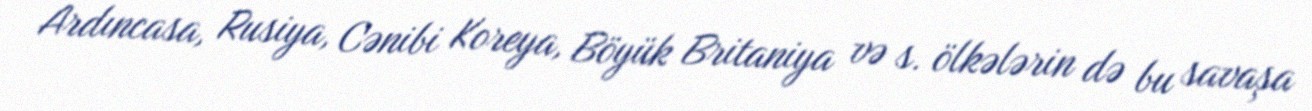
Ardıncasa, Rusiya, Cənibi Koreya, Böyük Britaniya və s. ölkələrin də bu savaşa